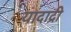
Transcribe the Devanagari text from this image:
यादाद्री